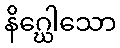
နိဂ္ဃေါသော